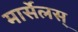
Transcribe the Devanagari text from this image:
मार्सेलस्